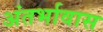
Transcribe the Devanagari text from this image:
अंतर्भावास